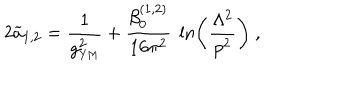
LaTeX: 2 { \widetilde a } _ { 1 , 2 } = { \frac { 1 } { g _ { \mathrm { { \small Y M } } } ^ { 2 } } } + { \frac { \beta _ { 0 } ^ { ( 1 , 2 ) } } { 1 6 \pi ^ { 2 } } } ~ \ln \left( { \frac { \Lambda ^ { 2 } } { p ^ { 2 } } } \right) ~ ,